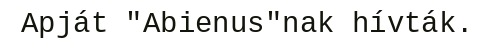
Apját "Abienus"nak hívták.